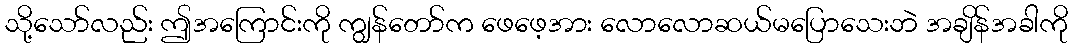
သို့သော်လည်း ဤအကြောင်းကို ကျွန်တော်က ဖေဖေ့အား လောလောဆယ်မပြောသေးဘဲ အချိန်အခါကို